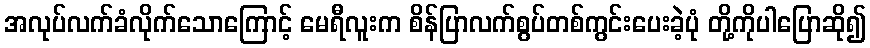
အလုပ်လက်ခံလိုက်သောကြောင့် မေရီလူးက စိန်ပြာလက်စွပ်တစ်ကွင်းပေးခဲ့ပုံ တို့ကိုပါပြောဆို၍